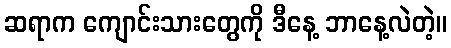
ဆရာက ကျောင်းသားတွေကို ဒီနေ့ ဘာနေ့လဲတဲ့။